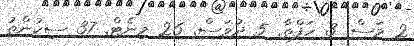
2 މަސް